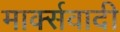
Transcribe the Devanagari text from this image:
मार्क्सवादी